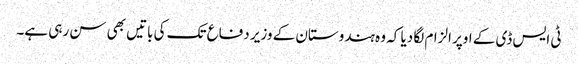
ٹی ایس ڈی کے اوپر الزام لگا دیا کہ وہ ہندوستان کے وزیر دفاع تک کی باتیں بھی سن رہی ہے۔